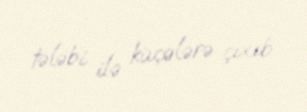
tələbi ilə küçələrə çıxıb.